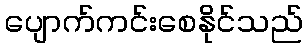
ပျောက်ကင်းစေနိုင်သည်